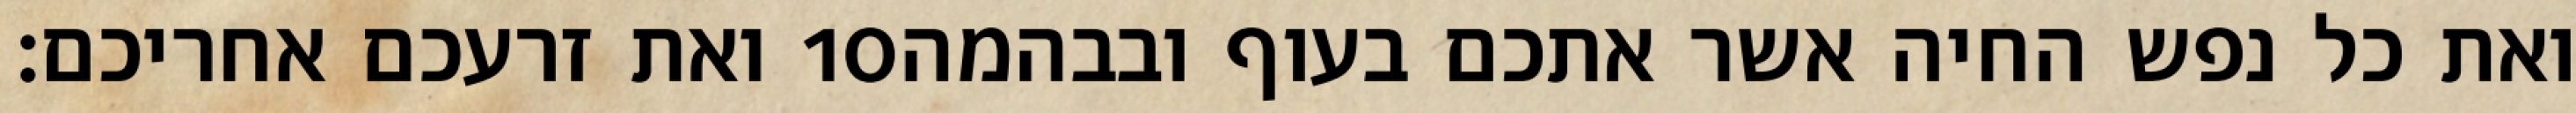
ואת זרעכם אחריכם׃ ‎10‏ ואת כל נפש החיה אשר אתכם בעוף ובבהמה